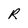
Character: R